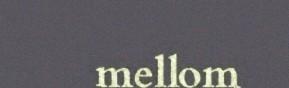
mellom